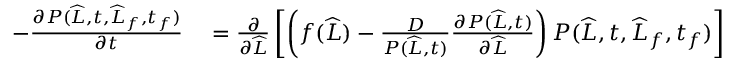
\begin{array} { r l } { - \frac { \partial P ( \widehat { L } , t , \widehat { L } _ { f } , t _ { f } ) } { \partial t } } & { { } = \frac { \partial } { \partial \widehat { L } } \left[ \left( f ( \widehat { L } ) - \frac { D } { P ( \widehat { L } , t ) } \frac { \partial P ( \widehat { L } , t ) } { \partial \widehat { L } } \right) P ( \widehat { L } , t , \widehat { L } _ { f } , t _ { f } ) \right] } \end{array}